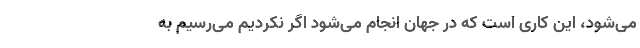
می‌شود، این کاری است که در جهان انجام می‌شود اگر نکردیم می‌رسیم به